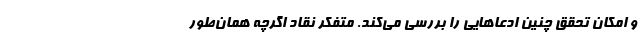
و امکان تحقق چنین ادعاهایی را بررسی می‌کند. متفکر نقاد اگرچه همان‌طور